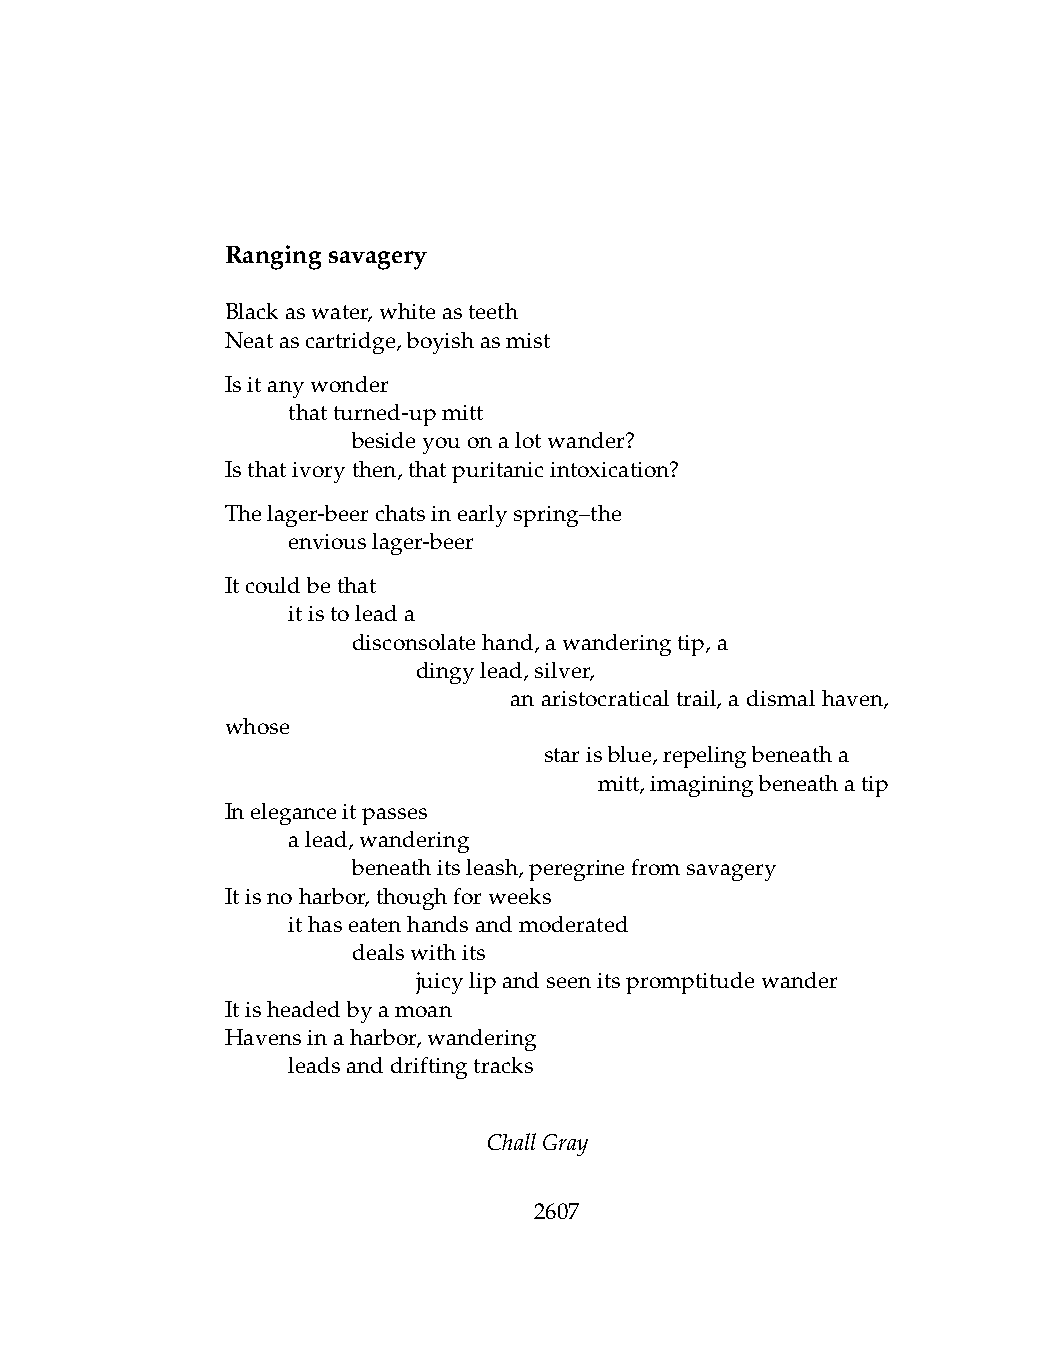
Rangingsavagery
 Blackaswater,whiteasteeth
 Neatascartridge,boyishasmist
 Isitanywonder
 .   thatturned-upmitt
 .   .   besideyouonalotwander?
 Isthativorythen,thatpuritanicintoxication?
 Thelager-beerchatsinearlyspring–the
 .   enviouslager-beer
 Itcouldbethat
 .   itistoleada
 .   .   disconsolatehand,awanderingtip,a
 .   .   .    dingylead,silver,
 .    .   .    .    an aristocratical trail, a dismal haven,
 whose
 .   .   .    .   .   starisblue,repelingbeneatha
 .   .   .   .   .   .    mitt,imaginingbeneathatip
 Ineleganceitpasses
 .   alead,wandering
 .   .   beneathitsleash,peregrinefromsavagery
 Itisnoharbor,thoughforweeks
 .   ithaseatenhandsandmoderated
 .   .   dealswithits
 .   .   .    juicylipandseenitspromptitudewander
 Itisheadedbyamoan
 Havensinaharbor,wandering
 .   leadsanddriftingtracks
 ChallGray
 2607